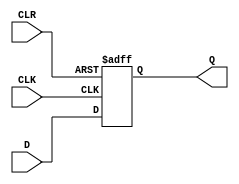
module PIPO #(parameter N=4)
(
	input[N-1:0]D,
	input CLK,CLR,
	output reg[N-1:0]Q
);
always @(negedge CLK, negedge CLR)
	begin
		if(CLR==1'b0) Q <= 0;
			else if(CLK==1'b0) Q <= D;
	end
endmodule